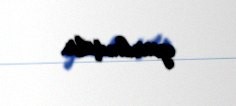
aparılmışdır.